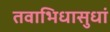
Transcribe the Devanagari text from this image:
तवाभिधासुधां